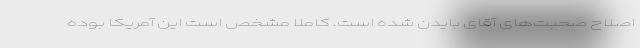
اصلاح صحبت‌های آقای بایدن شده است. کاملا مشخص است این آمریکا بوده